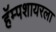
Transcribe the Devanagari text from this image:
हॅम्पशायरला